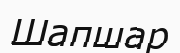
Шапшар